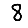
Digit: 8